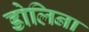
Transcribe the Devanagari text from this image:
डोलिना